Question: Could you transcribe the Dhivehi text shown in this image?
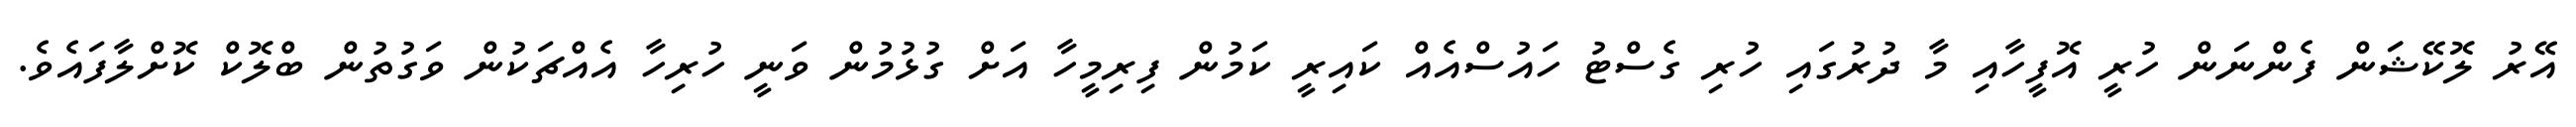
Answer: އޭރު ލޮކޭޝަަން ފެންނަން ހުރީ އޮފީހާއި މާ ދުރުގައި ހުރި ގެސްޓު ހައުސްއެއް ކައިރީ ކަމުން ފިރިމީހާ އަށް ގުޅުމުން ވަނީ ހުރިހާ އެއްޗަކުން ވަގުތުން ބްލޮކް ކޮށްލާފައެވެ.